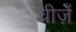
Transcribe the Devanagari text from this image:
चीज़ेँ